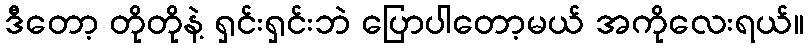
ဒီတော့ တိုတိုနဲ့ ရှင်းရှင်းဘဲ ပြောပါတော့မယ် အကိုလေးရယ်။